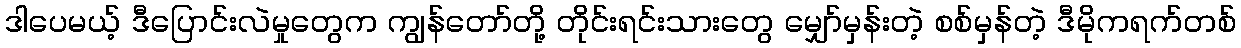
ဒါပေမယ့် ဒီပြောင်းလဲမှုတွေက ကျွန်တော်တို့ တိုင်းရင်းသားတွေ မျှော်မှန်းတဲ့ စစ်မှန်တဲ့ ဒီမိုကရက်တစ်